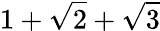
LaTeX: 1+{\sqrt{2}}+{\sqrt{3}}